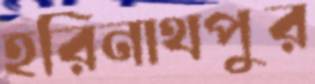
হরিনাথপুর